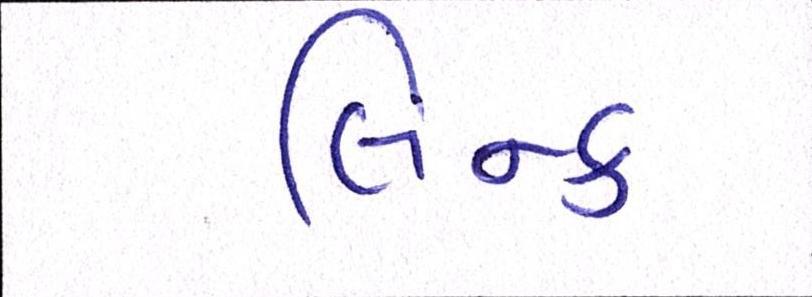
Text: લિન્ક